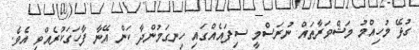
ގުޅޭ މުހިއްމު މަޝްވަރާތައް ނުރަސްމީ ސިފައެއްގައި ހިނގަމުންދާ ކަން އޭނާ ފާހަގަކުރެއްވި އެވެ.